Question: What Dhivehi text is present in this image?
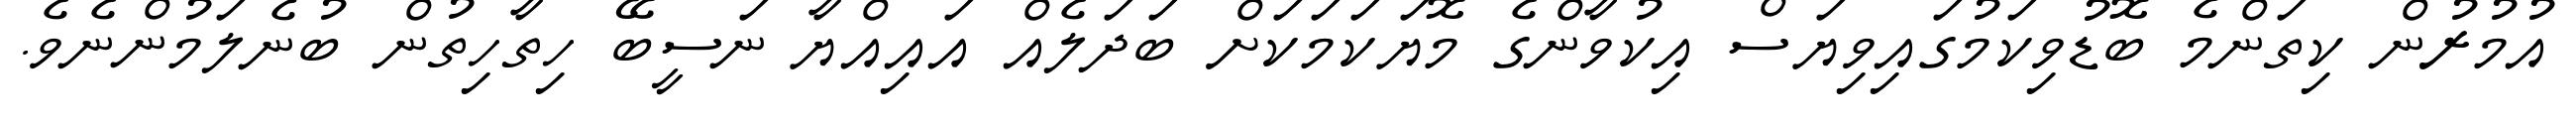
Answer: އުމުރުން ކިތަންމެ ބޮޑުވިކަމުގައިވިޔަސް އިކުވާންގެ މޮޔަކަމަކަށް ބަދަލެއް އައިއްޔާ ނަސީބޭ ހިތާހިތުން ބުނެލަމުންނެވެ.